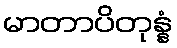
မာတာပိတုန္နံ